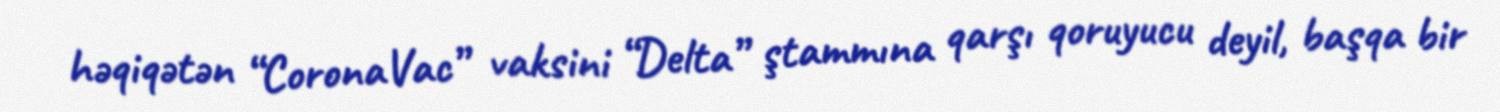
həqiqətən “CoronaVac” vaksini “Delta” ştammına qarşı qoruyucu deyil, başqa bir